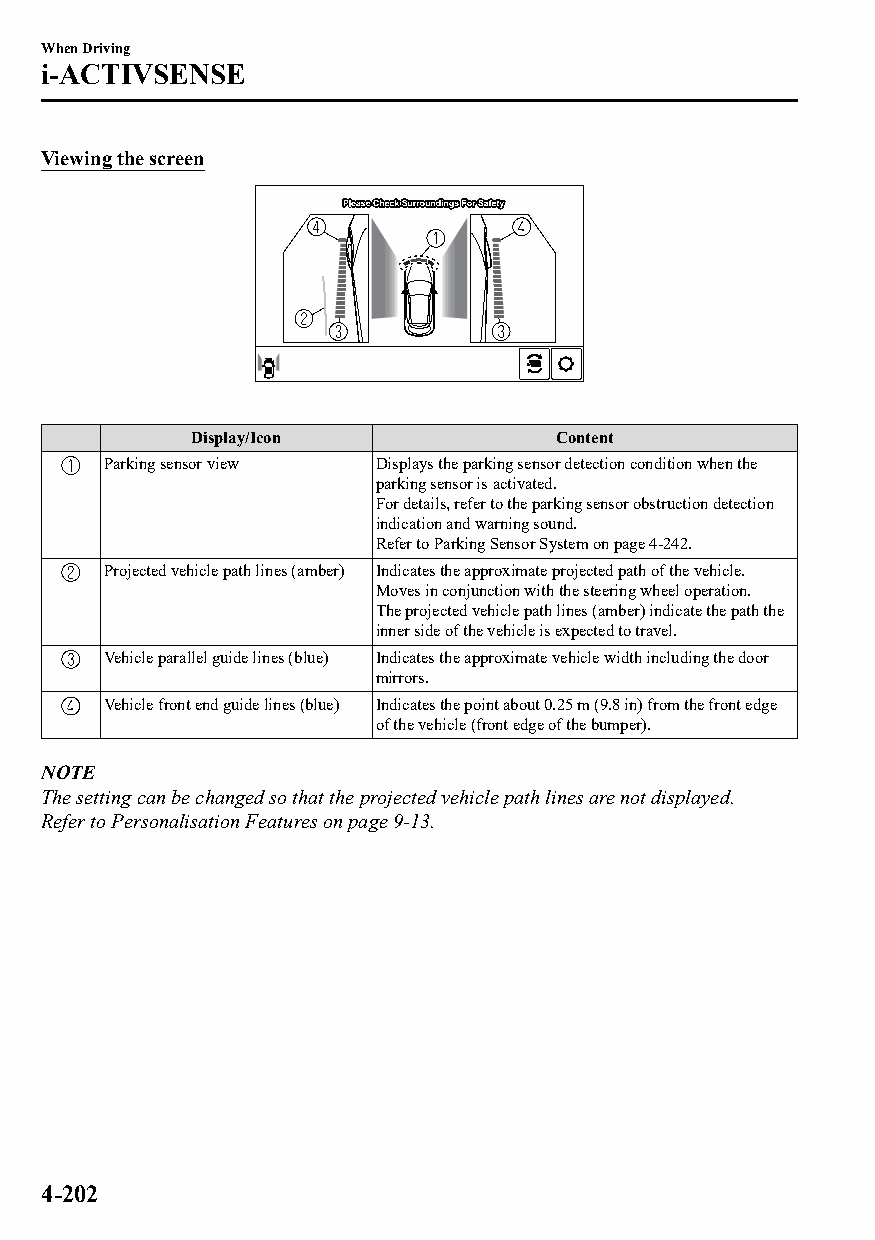
When Driving
 i-ACTIVSENSE
 Viewing the screen
 Display/Icon             Content
 Parking sensor view Displays the parking sensor detection condition when the
 parking sensor is activated.
 For details, refer to the parking sensor obstruction detection
 indication and warning sound.
 Refer to Parking Sensor System on page 4-242.
 Projected vehicle path lines (amber) Indicates the approximate projected path of the vehicle.
 Moves in conjunction with the steering wheel operation.
 The projected vehicle path lines (amber) indicate the path the
 inner side of the vehicle is expected to travel.
 Vehicle parallel guide lines (blue) Indicates the approximate vehicle width including the door
 mirrors.
 Vehicle front end guide lines (blue) Indicates the point about 0.25 m (9.8 in) from the front edge
 of the vehicle (front edge of the bumper).
 NOTE
 The setting can be changed so that the projected vehicle path lines are not displayed.
 Refer to Personalisation Features on page 9-13.
 4-202
 CX-3_8GT4-EE-18D_Edition4                  2018-9-6 18:32:19